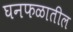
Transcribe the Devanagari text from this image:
घनफळातील